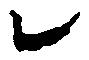
レ